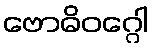
ဗောဓိဝဂ္ဂေါ